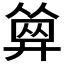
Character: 𢍩